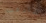
شارفت